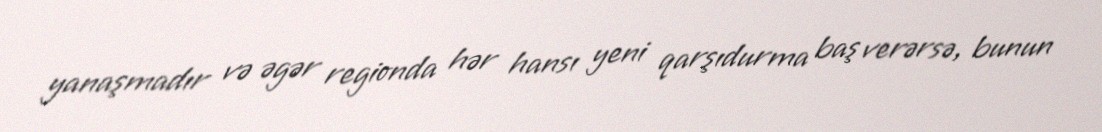
yanaşmadır və əgər regionda hər hansı yeni qarşıdurma baş verərsə, bunun